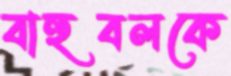
বাহুবলকে